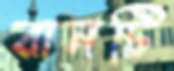
রানটি